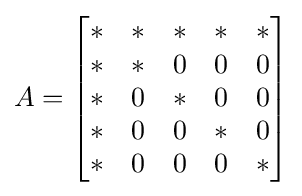
A={\begin{bmatrix}\,\!*&*&*&*&*\\\,\!*&*&0&0&0\\\,\!*&0&*&0&0\\\,\!*&0&0&*&0\\\,\!*&0&0&0&*\end{bmatrix}}